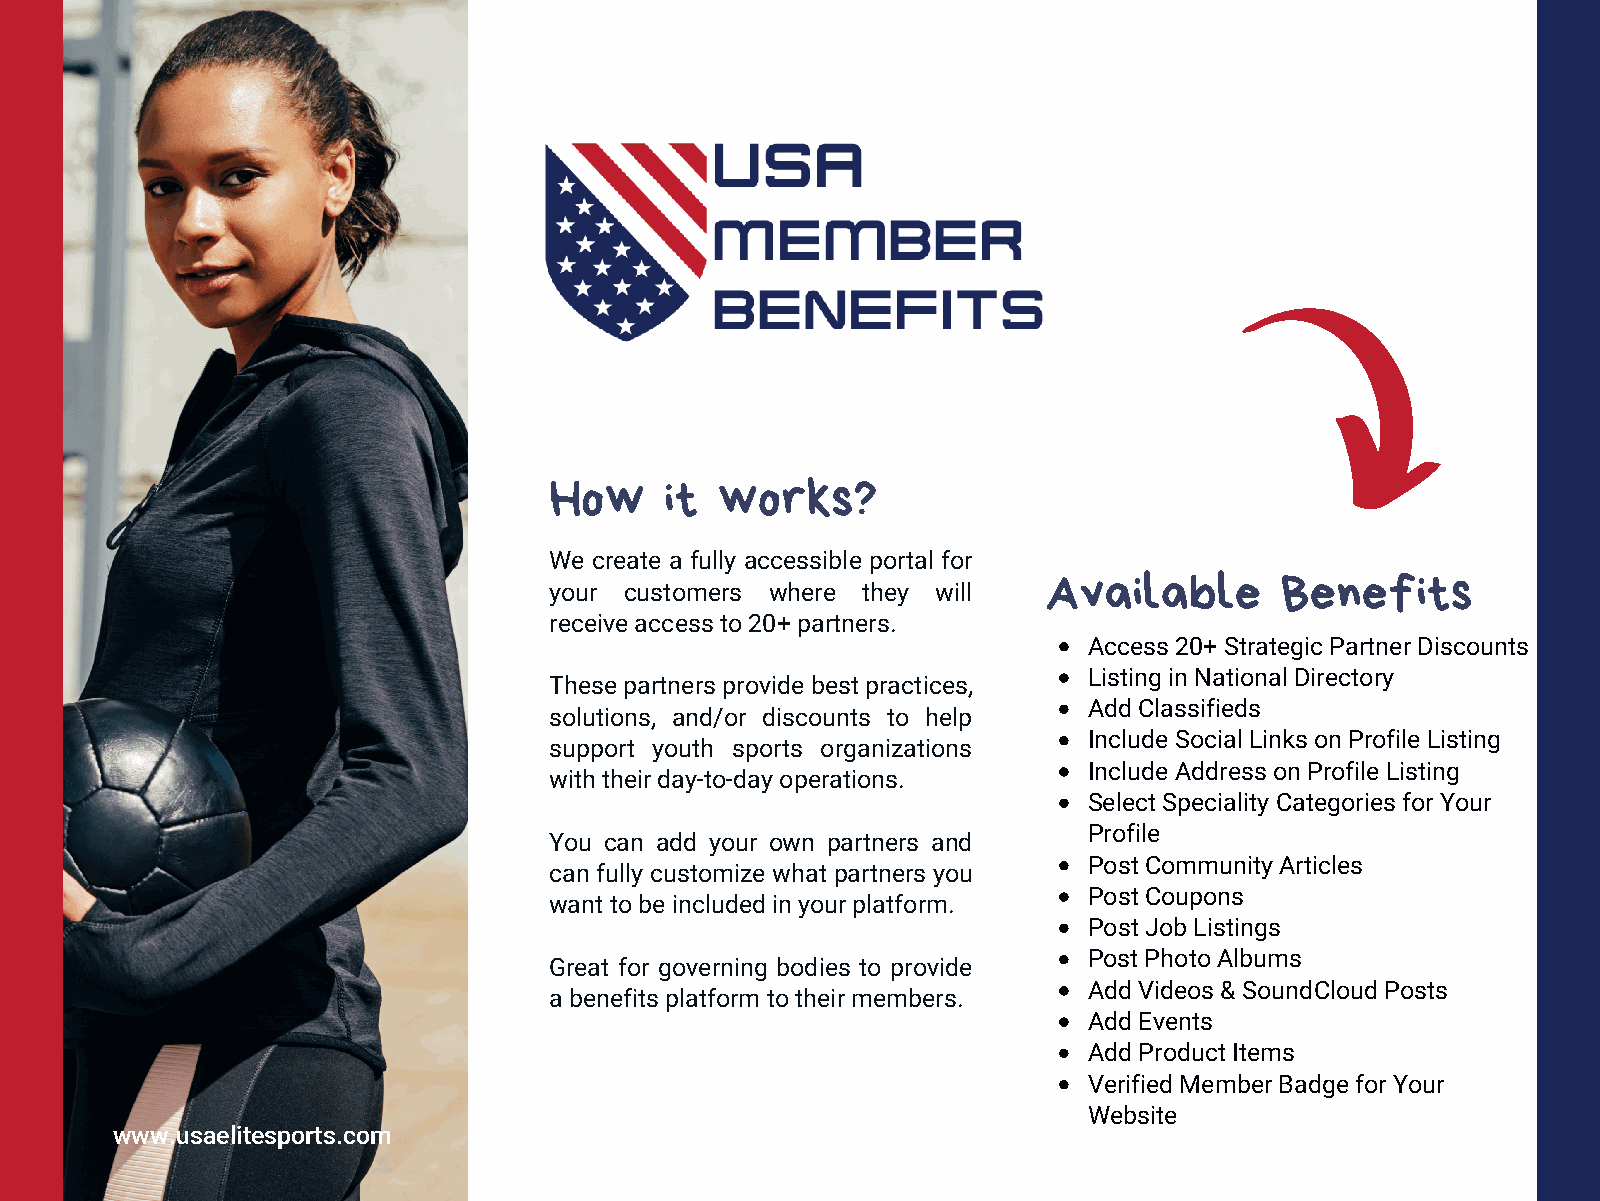
How     it  works?
 We create a fully accessible portal for
 Available       Benefits
 your customers where they will
 receive access to 20+ partners.
 Access 20+ Strategic Partner Discounts
 Listing in National Directory
 These partners provide best practices,
 Add Classifieds
 solutions, and/or discounts to help
 Include Social Links on Profile Listing
 support youth sports organizations
 Include Address on Profile Listing
 with their day-to-day operations.
 Select Speciality Categories for Your
 Profile
 You can add your own partners and
 Post Community Articles
 can fully customize what partners you
 Post Coupons
 want to be included in your platform.
 Post Job Listings
 Post Photo Albums
 Great for governing bodies to provide
 Add Videos & SoundCloud Posts
 a benefits platform to their members.
 Add Events
 Add Product Items
 Verified Member Badge for Your
 Website
 www.usaelitesports.com